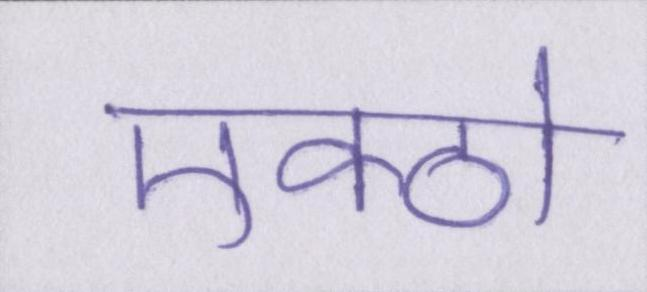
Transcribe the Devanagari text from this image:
एक्ठो